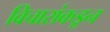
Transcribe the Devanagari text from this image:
विचारांकडून